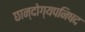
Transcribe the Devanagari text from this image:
छान्दोग्यपनिषद